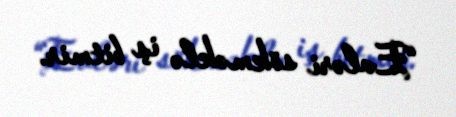
“Evləri sökməklə iş bitmir.